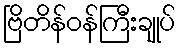
ဗြိတိန်ဝန်ကြီးချုပ်